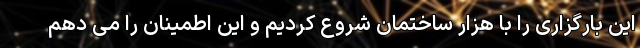
این بارگزاری را با هزار ساختمان شروع کردیم و این اطمینان را می دهم